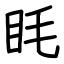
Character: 眊